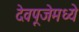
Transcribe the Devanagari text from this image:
देवपूजेमध्ये